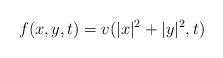
LaTeX: \begin{align*}f(x,y,t)=v(|x|^2+|y|^2,t)\end{align*}